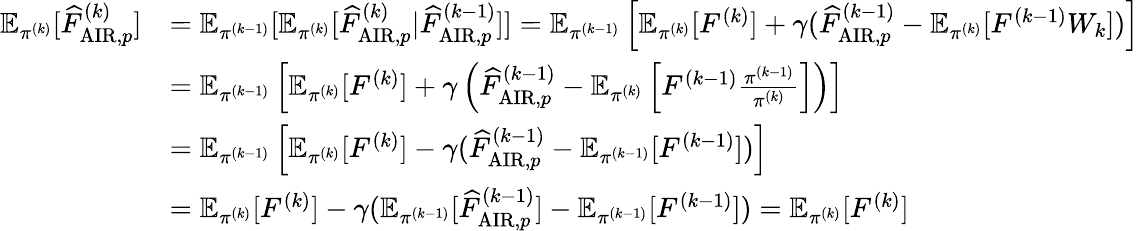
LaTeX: \begin{array}{rl}{\mathbb{E}_{\pi^{(k)}}[\widehat{F}_{\mathrm{AIR},p}^{(k)}]}&{=\mathbb{E}_{\pi^{(k-1)}}[\mathbb{E}_{\pi^{(k)}}[\widehat{F}_{\mathrm{AIR},p}^{(k)}|\widehat{F}_{\mathrm{AIR},p}^{(k-1)}]]=\mathbb{E}_{\pi^{(k-1)}}\left[\mathbb{E}_{\pi^{(k)}}[F^{(k)}]+\gamma(\widehat{F}_{\mathrm{AIR},p}^{(k-1)}-\mathbb{E}_{\pi^{(k)}}[F^{(k-1)}W_{k}])\right]}\\ &{=\mathbb{E}_{\pi^{(k-1)}}\left[\mathbb{E}_{\pi^{(k)}}[F^{(k)}]+\gamma\left(\widehat{F}_{\mathrm{AIR},p}^{(k-1)}-\mathbb{E}_{\pi^{(k)}}\left[F^{(k-1)}\frac{\pi^{(k-1)}}{\pi^{(k)}}\right]\right)\right]}\\ &{=\mathbb{E}_{\pi^{(k-1)}}\left[\mathbb{E}_{\pi^{(k)}}[F^{(k)}]-\gamma(\widehat{F}_{\mathrm{AIR},p}^{(k-1)}-\mathbb{E}_{\pi^{(k-1)}}[F^{(k-1)}])\right]}\\ &{=\mathbb{E}_{\pi^{(k)}}[F^{(k)}]-\gamma(\mathbb{E}_{\pi^{(k-1)}}[\widehat{F}_{\mathrm{AIR},p}^{(k-1)}]-\mathbb{E}_{\pi^{(k-1)}}[F^{(k-1)}])=\mathbb{E}_{\pi^{(k)}}[F^{(k)}]}\end{array}